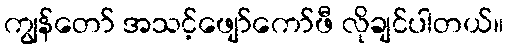
ကျွန်တော် အသင့်ဖျော်ကော်ဖီ လိုချင်ပါတယ်။